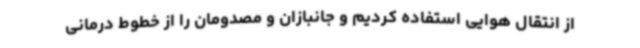
از انتقال هوایی استفاده کردیم و جانبازان و مصدومان را از خطوط درمانی